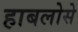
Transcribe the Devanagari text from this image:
हाबलोसे